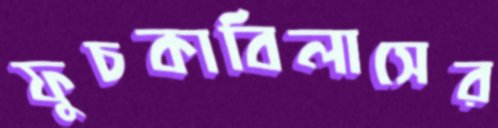
ফুচকাবিলাসের